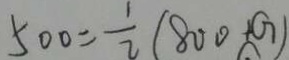
5 0 0 = \frac { 1 } { 2 } ( 8 0 0 + G )